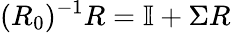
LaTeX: (R_{0})^{-1}R=\mathbb{I}+\Sigma R